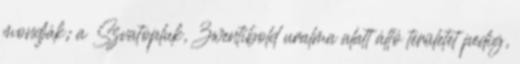
mondják; a Szvatopluk, Zwentibold uralma alatt álló területet pedig,